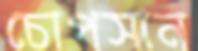
চোপসান